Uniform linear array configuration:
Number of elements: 12
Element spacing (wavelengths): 0.5
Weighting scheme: kaiser
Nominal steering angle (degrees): -60
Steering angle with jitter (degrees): -58.813
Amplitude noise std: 0.05
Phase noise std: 0.05

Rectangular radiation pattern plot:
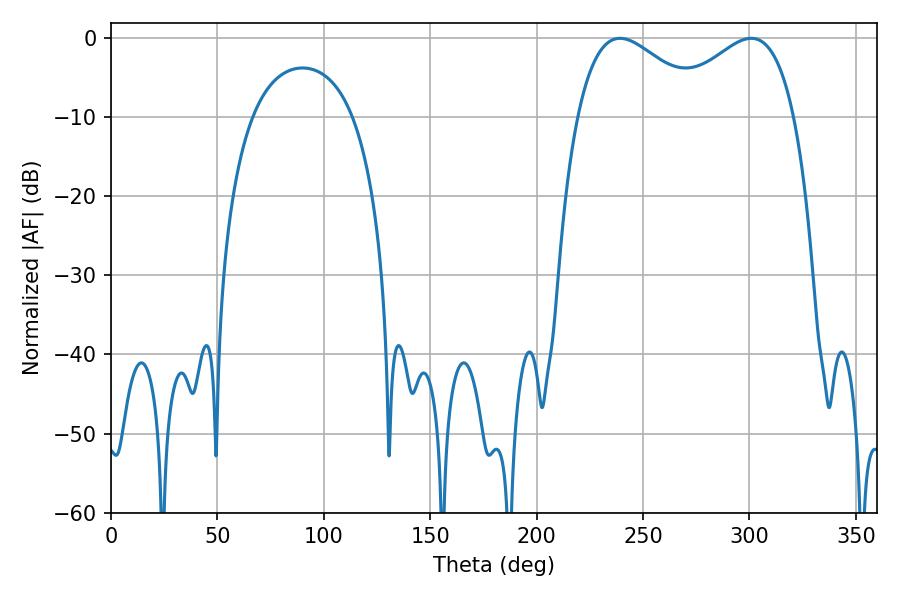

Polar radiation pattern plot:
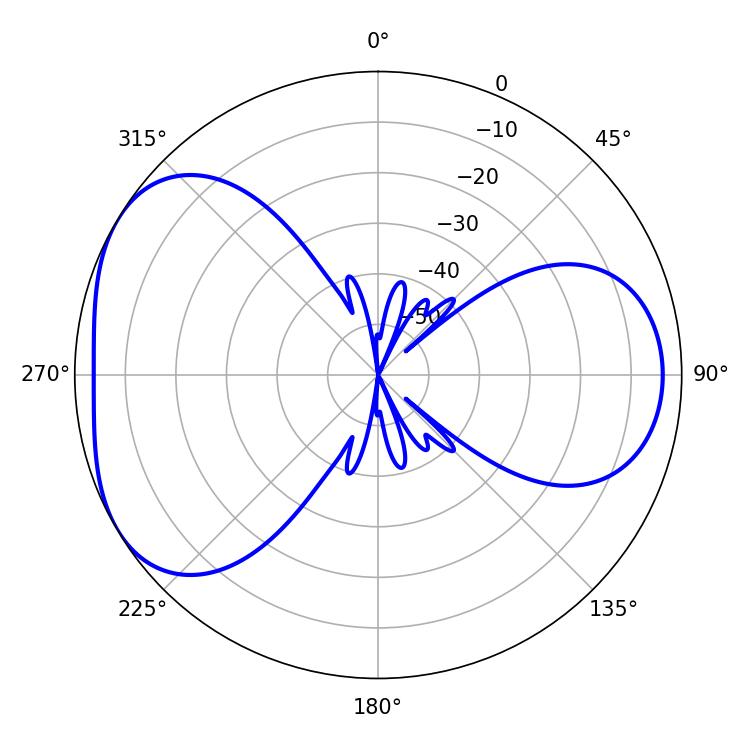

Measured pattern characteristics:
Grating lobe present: FALSE
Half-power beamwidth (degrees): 33.12
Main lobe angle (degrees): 239.22